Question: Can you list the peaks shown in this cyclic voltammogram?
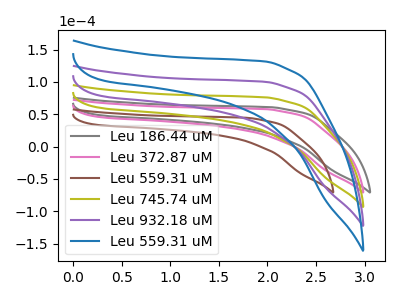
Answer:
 <answer>The gray curve "Leu 186.44 uM" has no peaks. The pink curve "Leu 372.87 uM" has no peaks. The brown curve "Leu 559.31 uM" has no peaks. The olive curve "Leu 745.74 uM" has no peaks. The purple curve "Leu 932.18 uM" has no peaks. The blue curve "Leu 559.31 uM" has no peaks.</answer>
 <eval></eval>